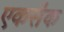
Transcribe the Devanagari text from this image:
एकसैक